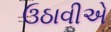
ઉઠાવીએ